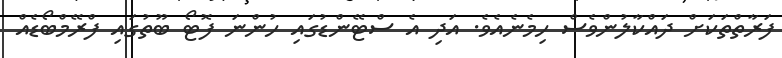
ފަރާތްތަކަށް ދައްކާލުންވެސް ހިމެނެއެވެ. އަދި އެ ސްޓޭންޑުގައި ހުންނަ ފޮޓޯ ބޫތުގައި ފްރޭމްބޯޑެއް